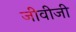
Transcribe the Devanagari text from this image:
जीवीजी